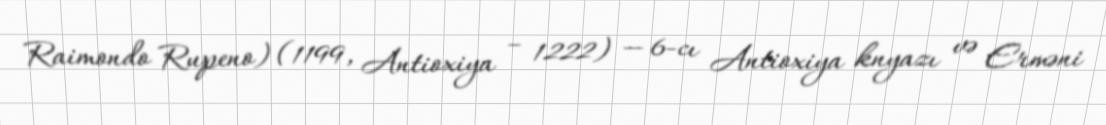
Raimondo Rupeno) (1199, Antioxiya – 1222) — 6-cı Antioxiya knyazı və Erməni